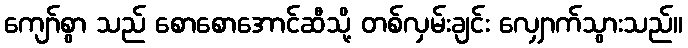
ကျော်စွာ သည် စောစောအောင်ဆီသို့ တစ်လှမ်းချင်း လျှောက်သွားသည်။